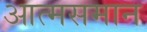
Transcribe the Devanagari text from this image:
आत्मसमान